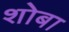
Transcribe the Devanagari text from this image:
शोबा